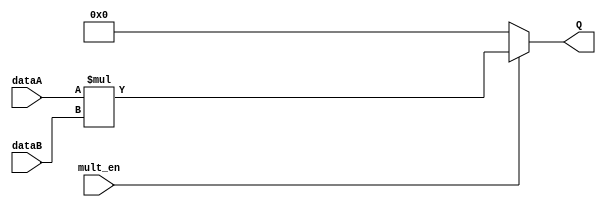
module Multiplier(mult_en, dataA, dataB, Q);
    input [127:0] dataA, dataB;
    input mult_en;
    output [255:0] Q;

    assign Q = (mult_en) ? dataA * dataB : 256'd0;

endmodule